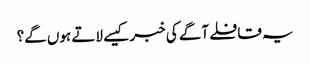
یہ قافلے آگے کی خبر کیسے لاتے ہوں گے؟